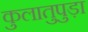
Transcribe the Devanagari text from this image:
कुलातुपुड़ा